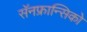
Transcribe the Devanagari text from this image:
सॅनफ्रान्सिको